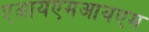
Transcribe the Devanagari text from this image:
एआयएमआयएम